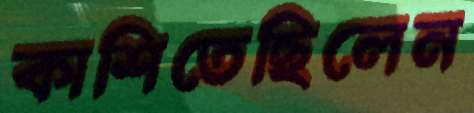
কাশিতেছিলেন